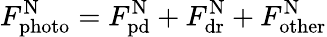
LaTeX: F_{\mathrm{photo}}^{\mathrm{N}}=F_{\mathrm{pd}}^{\mathrm{N}}+F_{\mathrm{dr}}^{\mathrm{N}}+F_{\mathrm{other}}^{\mathrm{N}}